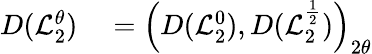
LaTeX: \begin{array}{rl}{D(\mathcal{L}_{2}^{\theta})}&{{}=\left(D(\mathcal{L}_{2}^{0}),D(\mathcal{L}_{2}^{\frac{1}{2}})\right)_{2\theta}}\end{array}